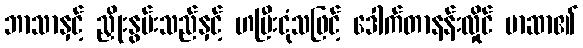
ဘာသာနှင့် ညှိုးနွမ်းသည်နှင့် ဟပြီးငုံသဖြင့် ဒေါက်တာနန်းလှိုင် မာဆာ၏